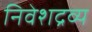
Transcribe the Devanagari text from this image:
निवेशद्रव्य